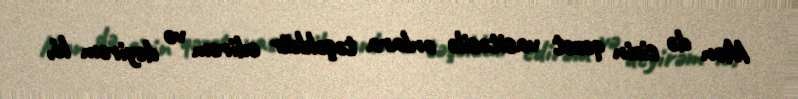
Mən də sizin qəzet vasitəsilə onlara təşəkkür edirəm və deyirəm ki,